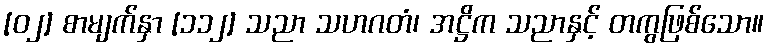
[၀၂] စာမျက်နှာ [၁၁၂] သညာ သဟဂတံ၊ အဋ္ဌိက သညာနှင့် တကွဖြစ်သော။